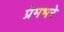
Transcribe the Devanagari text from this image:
प्रेमभरे